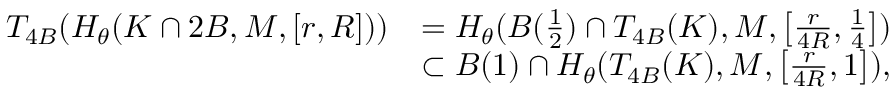
\begin{array} { r l } { T _ { 4 B } ( H _ { \theta } ( K \cap 2 B , M , [ r , R ] ) ) } & { = H _ { \theta } ( B ( \frac { 1 } { 2 } ) \cap T _ { 4 B } ( K ) , M , \left[ \frac { r } { 4 R } , \frac { 1 } { 4 } \right] ) } \\ & { \subset B ( 1 ) \cap H _ { \theta } ( T _ { 4 B } ( K ) , M , \left[ \frac { r } { 4 R } , 1 \right] ) , } \end{array}